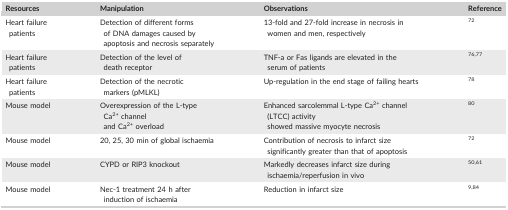
<table><thead><tr><td><b>Resources</b></td><td><b>Manipulation</b></td><td><b>Observations</b></td><td><b>Reference</b></td></tr></thead><tbody><tr><td>Heart failure patients</td><td>Detection of different forms of DNA damages caused by apoptosis and necrosis separately</td><td>13‐fold and 27‐fold increase in necrosis in women and men, respectively</td><td>72</td></tr><tr><td>Heart failure patients</td><td>Detection of the level of death receptor</td><td>TNF‐a or Fas ligands are elevated in the serum of patients</td><td>76, 77</td></tr><tr><td>Heart failure patients</td><td>Detection of the necrotic markers (pMLKL)</td><td>Up‐regulation in the end stage of failing hearts</td><td>78</td></tr><tr><td>Mouse model</td><td>Overexpression of the L‐type Ca<sup>2+</sup> channel and Ca<sup>2+</sup> overload</td><td>Enhanced sarcolemmal L‐type Ca<sup>2+</sup> channel (LTCC) activity showed massive myocyte necrosis</td><td><sup>80</sup></td></tr><tr><td>Mouse model</td><td>20, 25, 30 min of global ischaemia</td><td>Contribution of necrosis to infarct size significantly greater than that of apoptosis</td><td>72</td></tr><tr><td>Mouse model</td><td>CYPD or RIP3 knockout</td><td>Markedly decreases infarct size during ischaemia/reperfusion in vivo</td><td><sup>50,61</sup></td></tr><tr><td>Mouse model</td><td>Nec‐1 treatment 24 h after induction of ischaemia</td><td>Reduction in infarct size</td><td><sup>9,84</sup></td></tr></tbody></table>